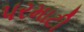
પરમાટી